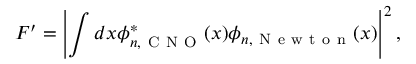
F ^ { \prime } = \left| \int d x \phi _ { n , \mathrm { ~ C ~ N ~ O ~ } } ^ { * } ( x ) \phi _ { n , \mathrm { ~ N ~ e ~ w ~ t ~ o ~ n ~ } } ( x ) \right| ^ { 2 } ,